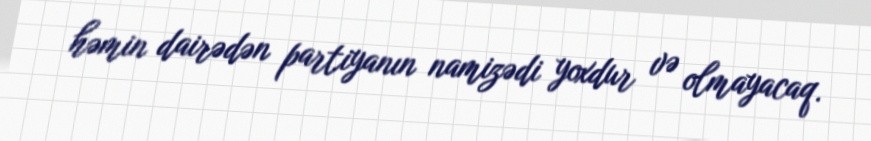
həmin dairədən partiyanın namizədi yoxdur və olmayacaq.